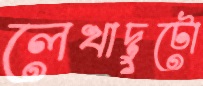
লেখাদুটো